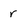
Character: r